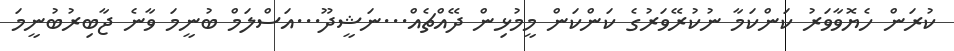
ކުރަން ހެޔޮވާވަރު ކަންކަމާ ނުކުރޭވަރުގެ ކަންކަން މީމުޅިން ދޭއްޗެއް...ނަޝީދޫ...އަސްލަމް ބުނީމަ ވާނެ ޖާބިރުބުނީމަ